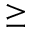
\ge